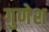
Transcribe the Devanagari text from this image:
गुणेश